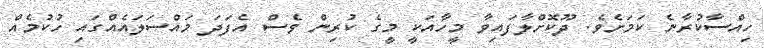
ހިއްސާކުރާނެ ކަމަށެވެ. ދޫކޮށްލާފައިވާ މީހާއަކީ މީގެ ކުރިން ވެސް އެފަދަ މައްސަލައެއްގައި ހުކުމެއް